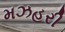
મઝહરી